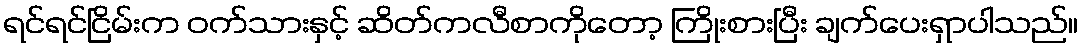
ရင်ရင်ငြိမ်းက ဝက်သားနှင့် ဆိတ်ကလီစာကိုတော့ ကြိုးစားပြီး ချက်ပေးရှာပါသည်။